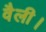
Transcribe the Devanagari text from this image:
वैली।